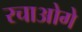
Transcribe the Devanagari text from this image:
रचाओगे